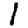
Digit: 1